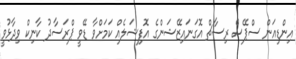
އިންޑިއަން ސްޕޭސް ރިސާޗް އޮގަނައިޒޭޝަންގެ އޮފިޝަލެއް ކަމަށްވާ ޑޭވީ ޕްރަސާދު ކާނިކް ވިދާޅުވީ